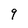
Character: 9